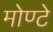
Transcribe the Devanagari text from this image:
मोण्टे